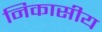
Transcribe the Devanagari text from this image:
निकासीय